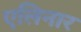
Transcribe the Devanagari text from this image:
एलिनार